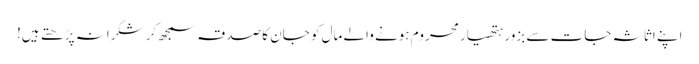
اپنے اثاثہ جات سے بزور ہتھیار محروم ہونے والے مال کو جان کا صدقہ سمجھ کر شکرانہ پڑ ھتے ہیں!